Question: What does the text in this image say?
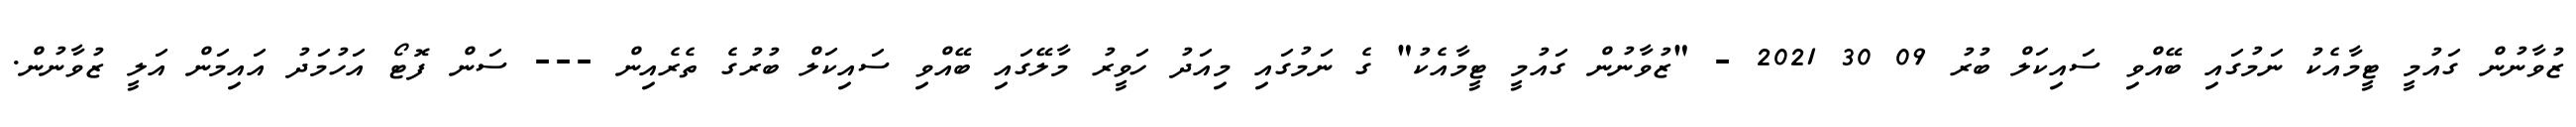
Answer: ޒުވާނުން ގައުމީ ޓީމާއެކު ނަމުގައި ބޭއްވި ސައިކަލް ބުރު 09 30 2021 - "ޒުވާނުން ގައުމީ ޓީމާއެކު" ގެ ނަމުގައި މިއަދު ހަވީރު މާލޭގައި ބޭއްވި ސައިކަލް ބުރުގެ ތެރެއިން --- ސަން ފޮޓޯ އަހުމަދު އައިމަން އަލީ ޒުވާނުން.